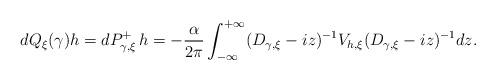
LaTeX: \begin{align*} dQ_\xi(\gamma)h=dP_{\gamma,\xi}^+\,h=-\frac{\alpha}{2\pi}\int_{-\infty}^{+\infty}(D_{\gamma,\xi}-iz)^{-1}V_{h,\xi}(D_{\gamma,\xi}-iz)^{-1}dz.\end{align*}